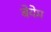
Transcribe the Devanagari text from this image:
बेयेम